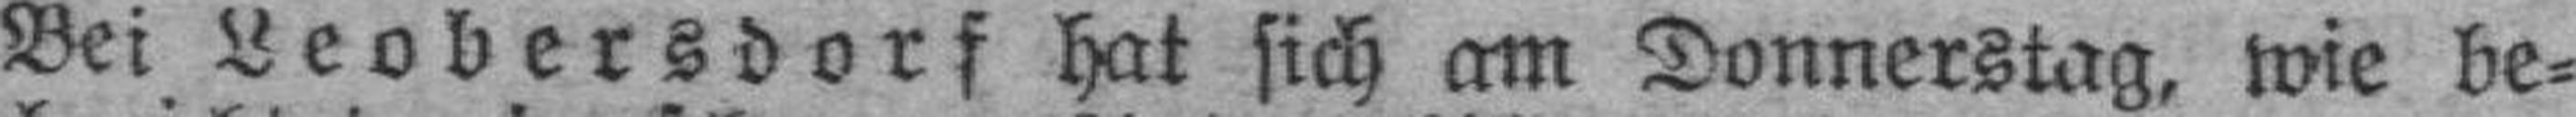
Bei Leobersdorf hat sich am Donnerstag, wie be¬